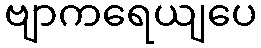
ဗျာကရေယျပေ